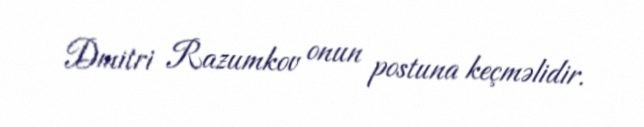
Dmitri Razumkov onun postuna keçməlidir.